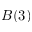
B ( 3 )